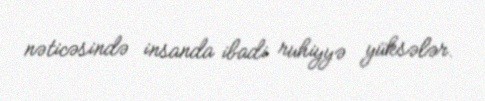
nəticəsində insanda ibadi ruhiyyə yüksələr.